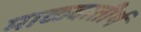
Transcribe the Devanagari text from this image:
माळवातीर्थ